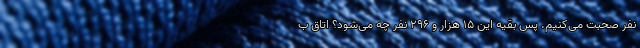
نفر صحبت می‌کنیم. پس بقیه این ۱۵ هزار و ۲۹۶ نفر چه می‌شود؟ اتاق ب